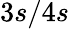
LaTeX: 3s/4s